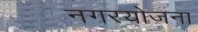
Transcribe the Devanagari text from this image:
नगरयोजना